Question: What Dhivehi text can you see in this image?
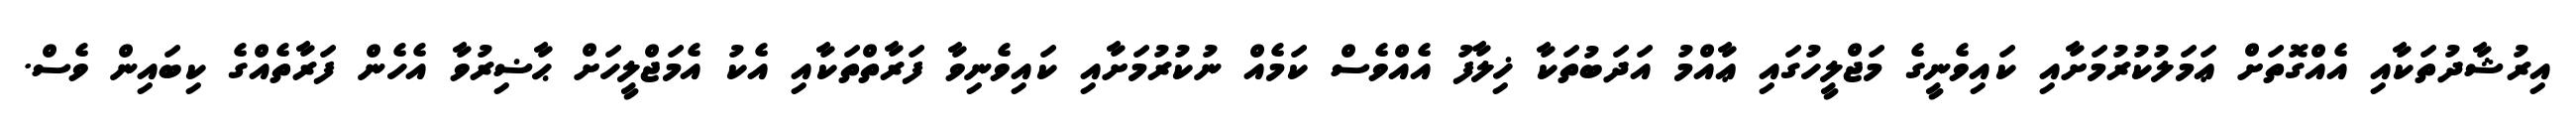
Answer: އިރުޝާދުތަކާއި އެއްގޮތަށް ޢަމަލުކުރުމަށާއި ކައިވެނީގެ މަޖްލީހުގައި ޢާއްމު އަދަބުތަކާ ޚިލާފު އެއްވެސް ކަމެއް ނުކުރުމަށާއި ކައިވެނިވާ ފަރާތްތަކާއި އެކު އެމަޖްލީހަށް ޙާޟިރުވާ އެހެން ފަރާތެއްގެ ކިބައިން ވެސް.